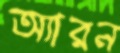
অ্যারন